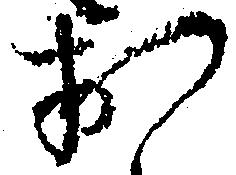
お